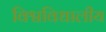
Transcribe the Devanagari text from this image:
विश्वविधालीय